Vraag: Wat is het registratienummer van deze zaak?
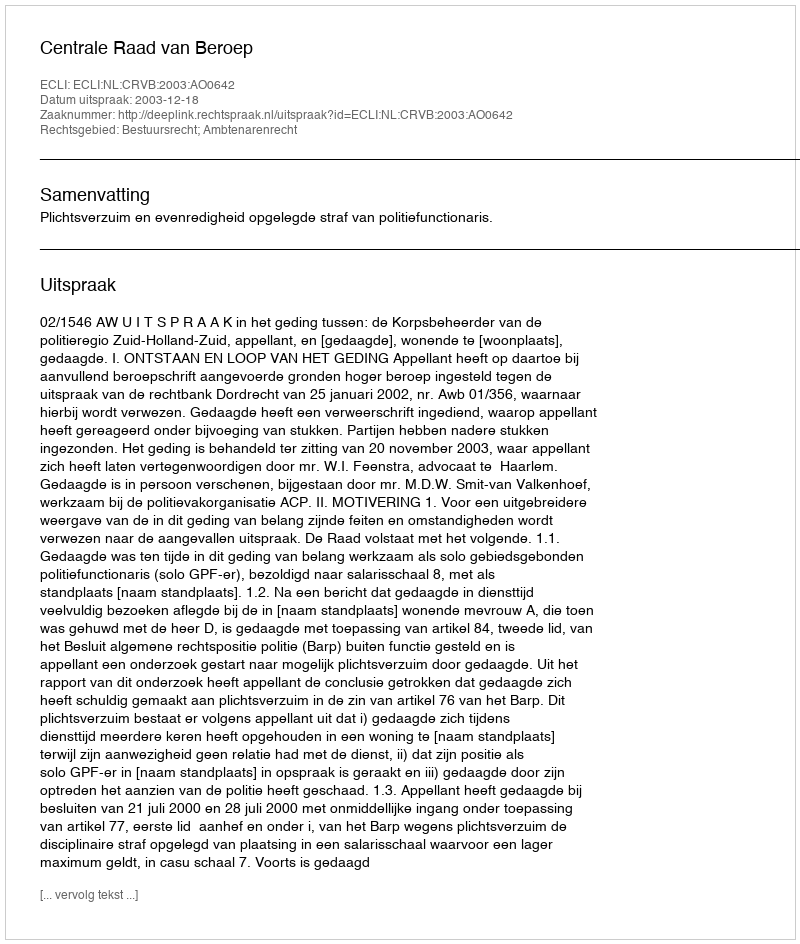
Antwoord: http://deeplink.rechtspraak.nl/uitspraak?id=ECLI:NL:CRVB:2003:AO0642